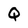
Character: Q